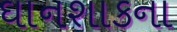
ઘાનશાકના